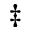
\ddag